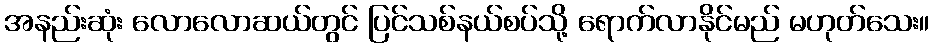
အနည်းဆုံး လောလောဆယ်တွင် ပြင်သစ်နယ်စပ်သို့ ရောက်လာနိုင်မည် မဟုတ်သေး။